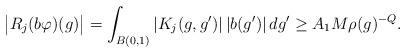
LaTeX: \begin{align*} \big|R_j(b\varphi)(g)\big| =\int_{B(0,1)}\left|K_j(g,g')\right| \left|b(g')\right|dg' \geq A_1 M \rho(g)^{-Q}.\end{align*}